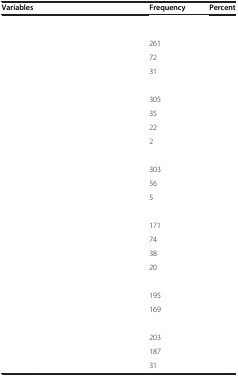
<table><thead><tr><td><b>Variables</b></td><td><b>Frequency</b></td><td><b>Percent</b></td></tr></thead><tbody><tr><td>[EMPTY_CELL]</td><td>[EMPTY_CELL]</td><td>[EMPTY_CELL]</td></tr><tr><td>[EMPTY_CELL]</td><td>261</td><td>[EMPTY_CELL]</td></tr><tr><td>[EMPTY_CELL]</td><td>72</td><td>[EMPTY_CELL]</td></tr><tr><td>[EMPTY_CELL]</td><td>31</td><td>[EMPTY_CELL]</td></tr><tr><td>[EMPTY_CELL]</td><td>[EMPTY_CELL]</td><td>[EMPTY_CELL]</td></tr><tr><td>[EMPTY_CELL]</td><td>305</td><td>[EMPTY_CELL]</td></tr><tr><td>[EMPTY_CELL]</td><td>35</td><td>[EMPTY_CELL]</td></tr><tr><td>[EMPTY_CELL]</td><td>22</td><td>[EMPTY_CELL]</td></tr><tr><td>[EMPTY_CELL]</td><td>2</td><td>[EMPTY_CELL]</td></tr><tr><td>[EMPTY_CELL]</td><td>[EMPTY_CELL]</td><td>[EMPTY_CELL]</td></tr><tr><td>[EMPTY_CELL]</td><td>303</td><td>[EMPTY_CELL]</td></tr><tr><td>[EMPTY_CELL]</td><td>56</td><td>[EMPTY_CELL]</td></tr><tr><td>[EMPTY_CELL]</td><td>5</td><td>[EMPTY_CELL]</td></tr><tr><td>[EMPTY_CELL]</td><td>[EMPTY_CELL]</td><td>[EMPTY_CELL]</td></tr><tr><td>[EMPTY_CELL]</td><td>171</td><td>[EMPTY_CELL]</td></tr><tr><td>[EMPTY_CELL]</td><td>74</td><td>[EMPTY_CELL]</td></tr><tr><td>[EMPTY_CELL]</td><td>38</td><td>[EMPTY_CELL]</td></tr><tr><td>[EMPTY_CELL]</td><td>20</td><td>[EMPTY_CELL]</td></tr><tr><td>[EMPTY_CELL]</td><td>[EMPTY_CELL]</td><td>[EMPTY_CELL]</td></tr><tr><td>[EMPTY_CELL]</td><td>195</td><td>[EMPTY_CELL]</td></tr><tr><td>[EMPTY_CELL]</td><td>169</td><td>[EMPTY_CELL]</td></tr><tr><td>[EMPTY_CELL]</td><td>[EMPTY_CELL]</td><td>[EMPTY_CELL]</td></tr><tr><td>[EMPTY_CELL]</td><td>203</td><td>[EMPTY_CELL]</td></tr><tr><td>[EMPTY_CELL]</td><td>187</td><td>[EMPTY_CELL]</td></tr><tr><td>[EMPTY_CELL]</td><td>31</td><td>[EMPTY_CELL]</td></tr></tbody></table>